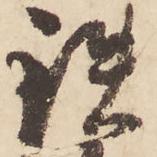
鉄